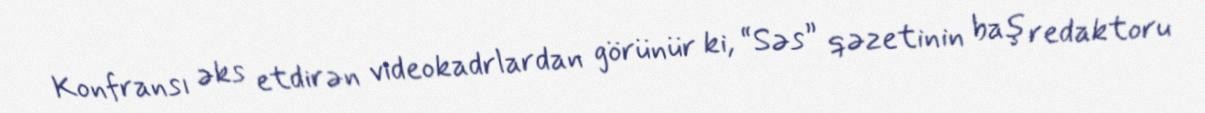
Konfransı əks etdirən videokadrlardan görünür ki, “Səs” qəzetinin baş redaktoru